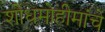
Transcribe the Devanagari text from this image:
शोधमोहीमांचे